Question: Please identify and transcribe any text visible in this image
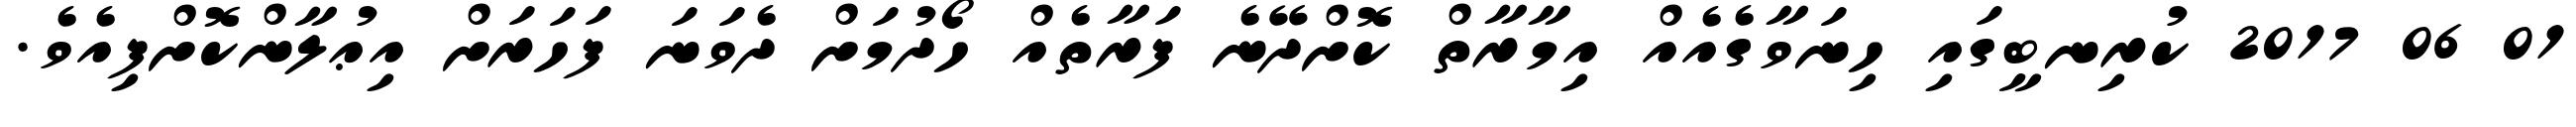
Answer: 01 06 2017 ކުރިނބީގައި ހިނަވާގެއެއް އިމާރާތް ކޮށްދޭނެ ފަރާތެއް ހޯދުމަށް ދެވަނަ ފަހަރަށް އިޢުލާންކޮށްފިއެވެ.